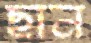
ছান